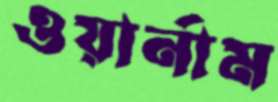
ওয়ার্নাম